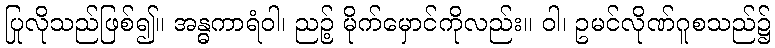
ပြုလိုသည်ဖြစ်၍။ အန္ဓကာရံဝါ၊ ညဉ့် မိုက်မှောင်ကိုလည်း။ ဝါ၊ ဥမင်လိုဏ်ဂူစသည်၌